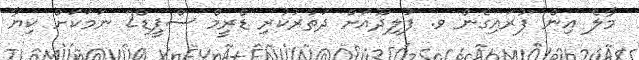
މާލެ އިން ފުރައިގެން ވ. ފުލިދޫއަށް ދަތުރުކުރި ޑްރީމް ސްޕީޑް2 ނަމަކަށް ކިޔާ